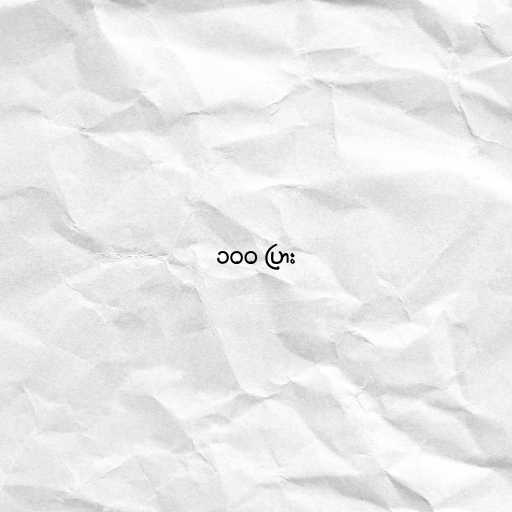
၁၀၀ ပြား